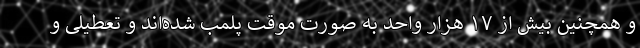
و همچنین بیش از ۱۷ هزار واحد به صورت موقت پلمب شده‌اند و تعطیلی و